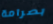
بصرامة